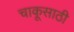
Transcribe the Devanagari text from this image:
चाकूसाठी